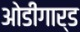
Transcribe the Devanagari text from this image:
ओडीगार्ड